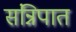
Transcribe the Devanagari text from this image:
संन्निपात